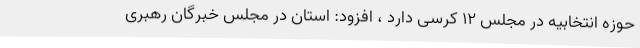
حوزه انتخابیه در مجلس 12 کرسی دارد ، افزود: استان در مجلس خبرگان رهبری